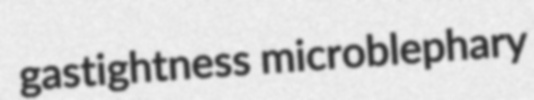
gastightness microblephary